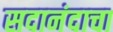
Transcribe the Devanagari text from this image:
सदानंदाचा